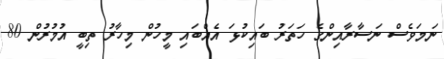
ނަމަވެސް ނަސާރާއިންގެ ހަތަރު ބައިކުޅަ އެއްބައި މީހުން މިހާރު ތިބީ އުމުރުން 80